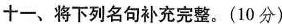
十一、将下列名句补充完整。(10分)